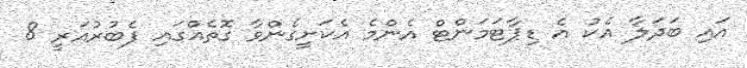
އައި ބަދަލާ އެކު އެ ޑިޕާޓަމަންޓް އެންމެ އެކަށީގެންވާ ގޮތެއްގައި ފެބުރުއަރީ 8